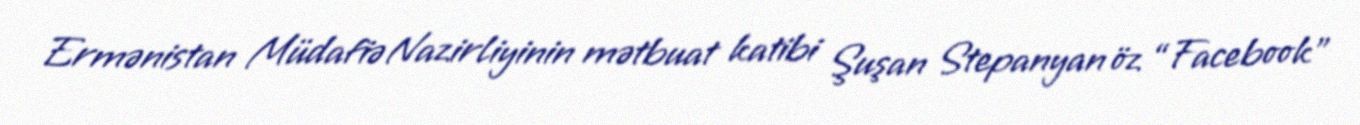
Ermənistan Müdafiə Nazirliyinin mətbuat katibi Şuşan Stepanyan öz “Facebook”